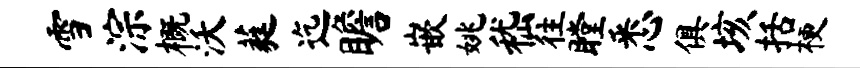
雪淙概沃蕤迄瞻嵌姚嵇往瞠悉俱垓括梗